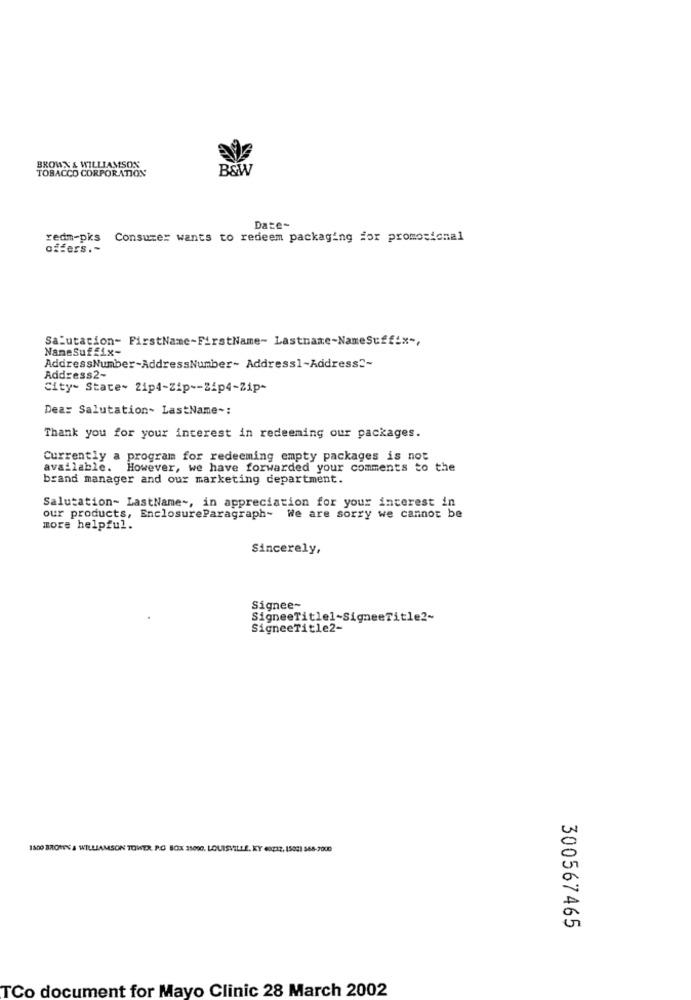
TOBACCO CORPORATION
BROWN & WILLIAMSON
B&W
Date-
redm-pks Consumer wants to redeem packaging for promocional
offers .-
Salutation- FirstName-FirstName- Lastname-NameSuffix -,
NameSuffix-
AddressNumber-AddressNumber- Address1-Address2-
Address2-
City- State~ 21p4-Zip -- Zip4-Zip-
Dea: Salutation- LastName -:
Thank you for your interest in redeeming our packages.
Currently a program for redeeming empty packages is not
available. However, we have forwarded your comments to the
brand manager and our marketing department.
Salutation- LastName -, in appreciation for your interest in
our products, EnclosureParagraph- We are sorry we cannot be
more helpful.
Sincerely,
Signee-
SigneeTitle1-SigneeTitle2-
SigneeTitle2-
1800 BROREN & WILLIAMSON TOWER. R.O BOX 31000. LOUISVILLE, KY 40232, 15021 568-7000
300567465
TCo document for Mayo Clinic 28 March 2002